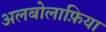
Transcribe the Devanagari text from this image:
अलबोलाफ़िया